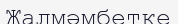
Жалмәмбетке